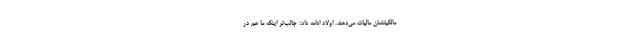
مالکیتشان مالیات می‌دهند. اولاد ادامه داد: جالب‌تر اینکه ما هم در